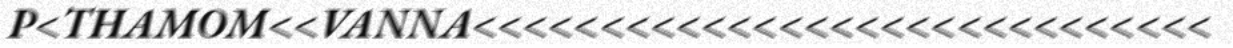
P<THAMOM<<VANNA<<<<<<<<<<<<<<<<<<<<<<<<<<<<<